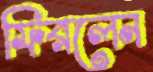
ফিরলেন